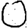
Digit: 0